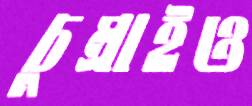
চুম্‌রাইও